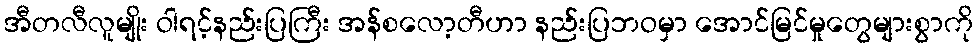
အီတလီလူမျိုး ဝါရင့်နည်းပြကြီး အန်စလော့တီဟာ နည်းပြဘဝမှာ အောင်မြင်မှုတွေများစွာကို